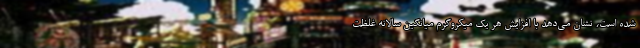
شده است، نشان می‌دهد با افزایش هر یک میکروگرم میانگین سالانه غلظت